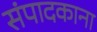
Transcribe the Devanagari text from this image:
संपादकाना